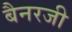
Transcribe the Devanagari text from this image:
बैनरजी